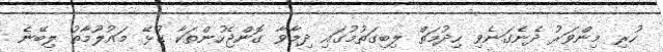
ހުރި މިންވަރު ދެނެގަނެވި ހިދުމަތް ލިބިގަތުމުގައި ދިމާވާ ގޮންޖެހުންތަކާ ގުޅޭ މައުލޫމާތު ލިބޭނެ